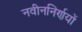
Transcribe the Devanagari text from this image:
नवीननिर्णयों